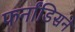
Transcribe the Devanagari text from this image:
फर्नांडिसने